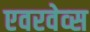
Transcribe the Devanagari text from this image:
एवरवेव्स